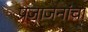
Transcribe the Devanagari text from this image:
प्रजाजनांचा